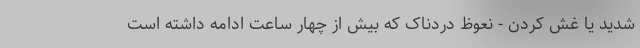
شدید یا غش کردن - نعوظ دردناک که بیش از چهار ساعت ادامه داشته است